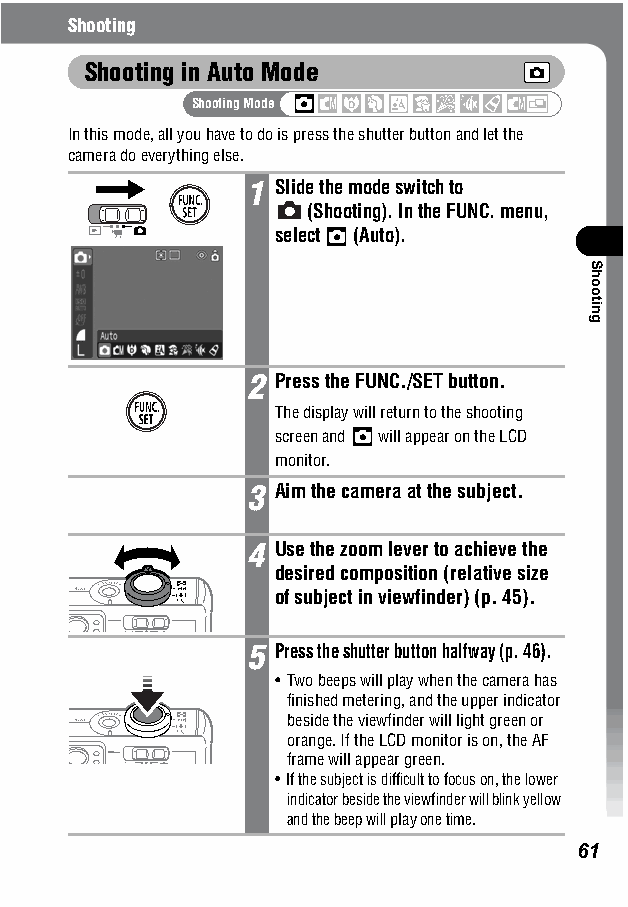
Shooting
 Shooting in Auto Mode
 Shooting Mode
 In this mode, all you have to do is press the shutter button and let the
 camera do everything else.
 1 Slide the mode switch to
 (Shooting). In the FUNC. menu,
 select (Auto).
 2 Press the FUNC./SET button.
 The display will return to the shooting
 screen and will appear on the LCD
 monitor.
 3 Aim the camera at the subject.
 4 Use the zoom lever to achieve the
 desired composition (relative size
 of subject in viewfinder) (p. 45).
 5 Press the shutter button halfway (p. 46).
 • Two beeps will play when the camera has
 finished metering, and the upper indicator
 beside the viewfinder will light green or
 orange. If the LCD monitor is on, the AF
 frame will appear green.
 • If the subject is difficult to focus on, the lower
 indicator beside the viewfinder will blink yellow
 and the beep will play one time.
 61
 Shooting